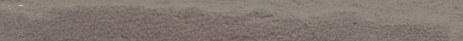
مطعم الفوادي يقدم أطباق ا